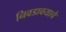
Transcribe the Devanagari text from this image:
निवडावयाचे